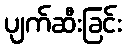
ပျက်ဆီးခြင်း